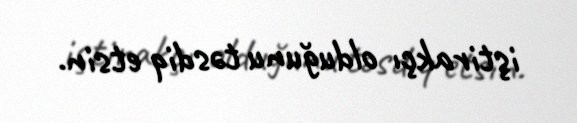
iştirakçı olduğunu təsdiq etsin.